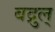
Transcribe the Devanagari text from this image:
बद्रुल्